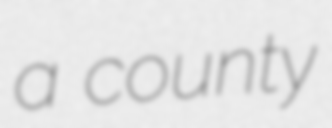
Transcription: a county